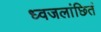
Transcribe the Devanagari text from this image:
ध्वजलांछितं